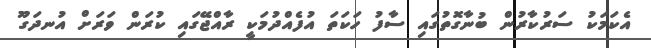
އެކަމަކު ސަރުކާރުން ބުނާގޮތުގައި ސާފު ހަކަތަ އުފެއްދުމަކީ ރާއްޖޭގައި ކުރަން ވަރަށް އުނދަގޫ